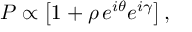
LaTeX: P \propto \left[ 1 + \rho \, e ^ { i \theta } e ^ { i \gamma } \right] ,